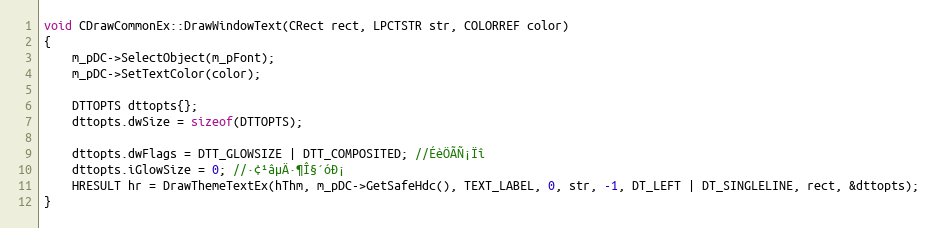
Language: C++
void CDrawCommonEx::DrawWindowText(CRect rect, LPCTSTR str, COLORREF color)
{
	m_pDC->SelectObject(m_pFont);
	m_pDC->SetTextColor(color);

	DTTOPTS dttopts{};
	dttopts.dwSize = sizeof(DTTOPTS);

	dttopts.dwFlags = DTT_GLOWSIZE | DTT_COMPOSITED; //ÉèÖÃÑ¡Ïî
	dttopts.iGlowSize = 0; //·¢¹âµÄ·¶Î§´óÐ¡
	HRESULT hr = DrawThemeTextEx(hThm, m_pDC->GetSafeHdc(), TEXT_LABEL, 0, str, -1, DT_LEFT | DT_SINGLELINE, rect, &dttopts);
}